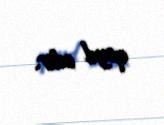
qeyd edir.